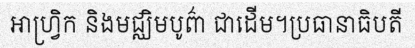
អាហ្វ្រិក និងមជ្ឈិមបូព៌ា ជាដើម។ប្រធានាធិបតី